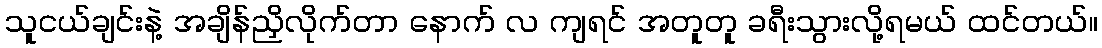
သူငယ်ချင်းနဲ့ အချိန်ညှိလိုက်တာ နောက် လ ကျရင် အတူတူ ခရီးသွားလို့ရမယ် ထင်တယ်။